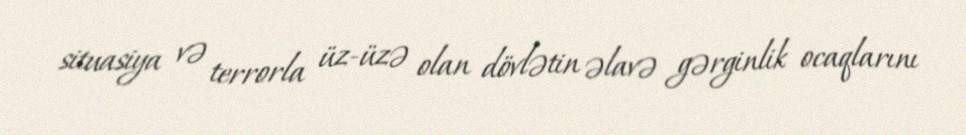
situasiya və terrorla üz-üzə olan dövlətin əlavə gərginlik ocaqlarını